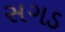
સગડ